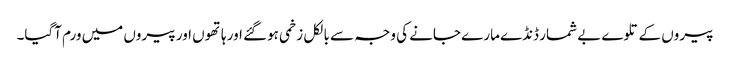
پیروں کے تلوے بے شمار ڈنڈے مارے جانے کی وجہ سے بالکل زخمی ہوگئے اور ہاتھوں اور پیروں میں ورم آگیا۔